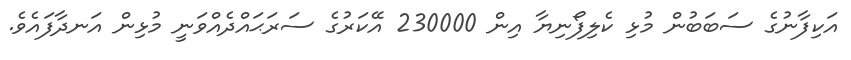
އަކިފާނުގެ ސަބަބުން މުޅި ކެލިފޯނިޔާ އިން 230000 އޭކަރުގެ ސަރަޙައްދެއްވަނީ މުޅިން އަނދާފައެވެ.